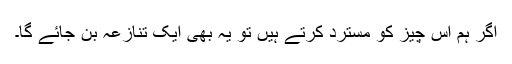
اگر ہم اس چیز کو مسترد کرتے ہیں تو یہ بھی ایک تنازعہ بن جائے گا۔